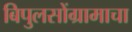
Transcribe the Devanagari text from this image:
बिपुलसोंग्रामाचा